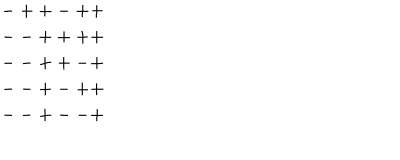
\begin{array} { c } { { - + + - + + } } \\ { { -- + + + + } } \\ { { -- + + - + } } \\ { { -- + - + + } } \\ { { -- + -- + } } \\ \end{array}